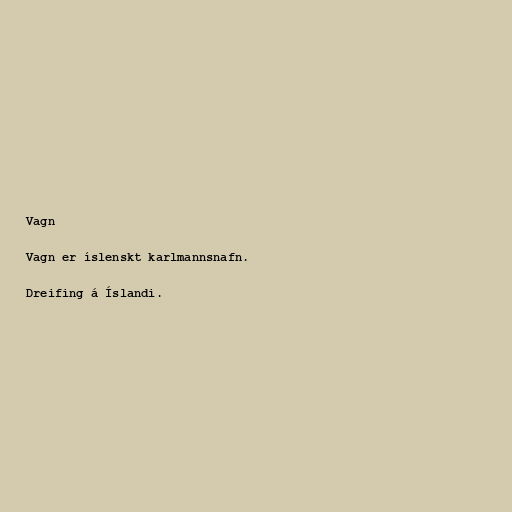
Vagn

Vagn er íslenskt karlmannsnafn.

Dreifing á Íslandi.